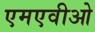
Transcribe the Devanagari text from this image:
एमएवीओ